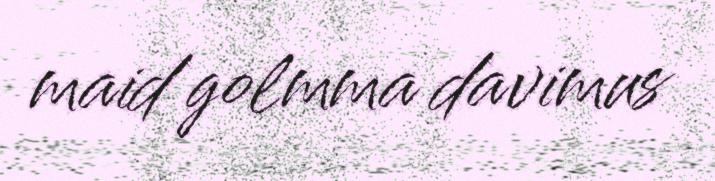
maid golmma davimus